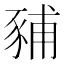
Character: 豧